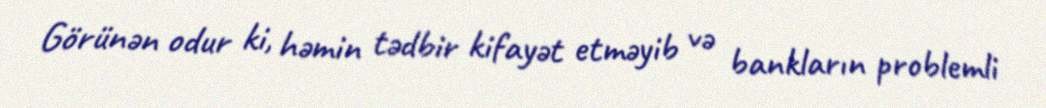
Görünən odur ki, həmin tədbir kifayət etməyib və bankların problemli